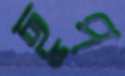
ছুপ